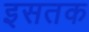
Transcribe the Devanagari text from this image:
इसतक